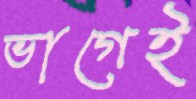
ভাগেই